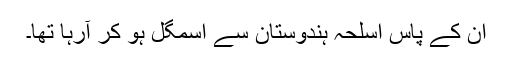
ان کے پاس اسلحہ ہندوستان سے اسمگل ہو کر آرہا تھا۔